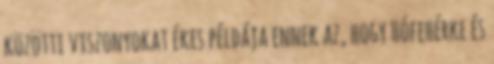
közötti viszonyokat ékes példája ennek az, hogy Hófehérke és